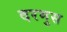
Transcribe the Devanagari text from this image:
दरमुस